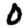
Digit: 0